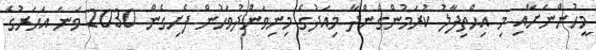
މީހުންނަށާއި މި އިޙްތިފާލު ކުރަމުންގެންދާ މިއަދުގެ މިނިވަންދުވަހުން ފެށިގެން 2030 ވަނަ އަހަރުގެ